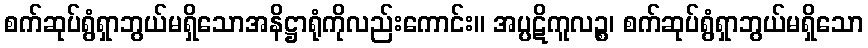
စက်ဆုပ်ရွံရှာဘွယ်မရှိသောအနိဋ္ဌာရုံကိုလည်းကောင်း။ အပ္ပဋိကူလဉ္စ၊ စက်ဆုပ်ရွံရှာဘွယ်မရှိသော